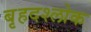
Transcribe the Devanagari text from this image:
बृहदश्लोक